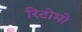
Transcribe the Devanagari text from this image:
रिटोमो